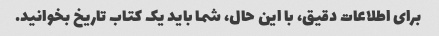
برای اطلاعات دقیق، با این حال، شما باید یک کتاب تاریخ بخوانید.